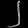
Digit: ၂